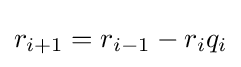
r_{i+1}=r_{i-1}-r_{i}q_{i}